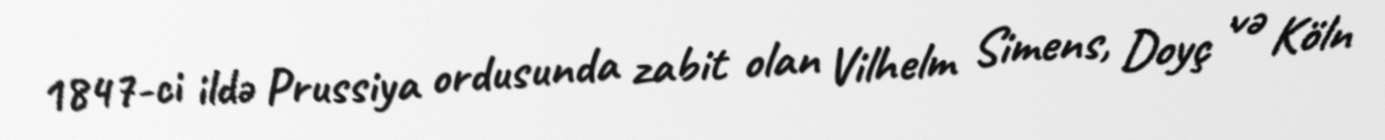
1847-ci ildə Prussiya ordusunda zabit olan Vilhelm Simens, Doyç və Köln